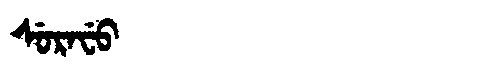
Manchu: ᠰᡠᡵᠠᠸᡠ
Romanization: SURAFU